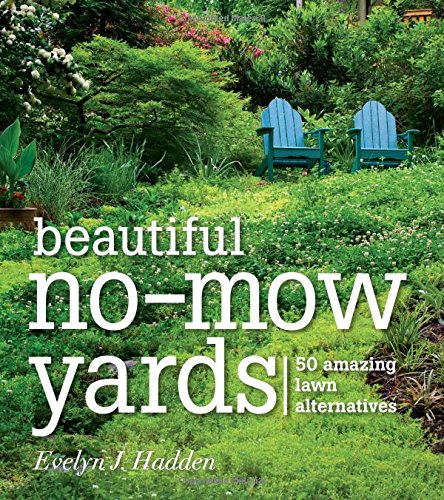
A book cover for Beautiful No-Mow Yards: 50 Amazing Lawn Alternatives; Evelyn J. Hadden; Crafts, Hobbies & Home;